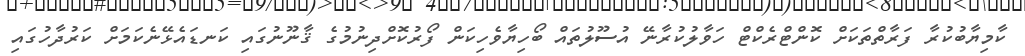
ކާމިޔާބުކުރާ ފަރާތްތަކަށް ކޮންޓްރެކްޓް ހަވާލުކުރާނޭ އުސޫލުތައް ބޯހިޔާވެހިކަން ފޯރުކޮށްދިނުމުގެ ޤާނޫނުގައި ކަނޑައެޅޭނެކަމަށް ކަރުދާހުގައި